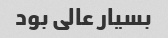
بسیار عالی بود